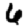
Digit: 6